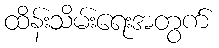
ထိန်းသိမ်းရေးအတွက်